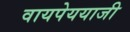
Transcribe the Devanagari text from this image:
वायपेययाजी